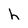
Character: h